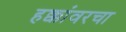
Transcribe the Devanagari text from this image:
हक्कांवरचा